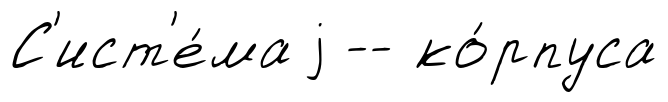
С'ист'е́ма j -- ко́рпуса